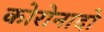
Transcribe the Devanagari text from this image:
कोरोनादो